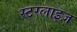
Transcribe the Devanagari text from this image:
स्टरलाइज़